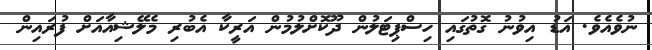
ނުވެއެވެ. އަޑު އިވުނު ގޮތުގައި ހިސްޕިޓަލުން ދޫކޮށްލުމުން އަރީކާ އެބުރި މެލޭޝިއާއަށް ފުރައިން